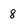
Character: 8